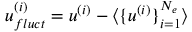
\boldsymbol { u } _ { f l u c t } ^ { ( i ) } = \boldsymbol { u } ^ { ( i ) } - \langle \{ \boldsymbol { u } ^ { ( i ) } \} _ { i = 1 } ^ { N _ { e } } \rangle